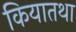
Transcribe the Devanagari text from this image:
कियातथा